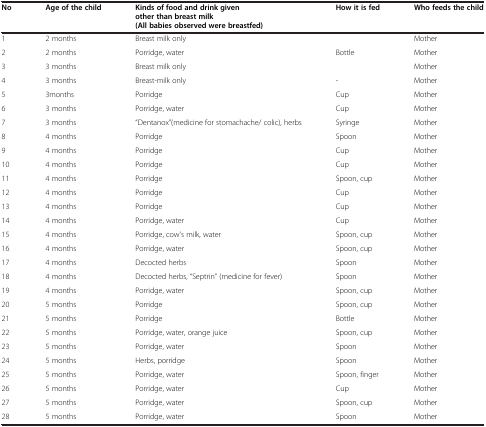
<table><thead><tr><td><b>No</b></td><td><b>Age of the child</b></td><td><b>Kinds of food and drink given other than breast milk (All babies observed were breastfed)</b></td><td><b>How it is fed</b></td><td><b>Who feeds the child</b></td></tr></thead><tbody><tr><td>1</td><td>2 months</td><td>Breast milk only</td><td> </td><td>Mother</td></tr><tr><td>2</td><td>2 months</td><td>Porridge, water</td><td>Bottle</td><td>Mother</td></tr><tr><td>3</td><td>3 months</td><td>Breast milk only</td><td> </td><td>Mother</td></tr><tr><td>4</td><td>3 months</td><td>Breast-milk only</td><td>-</td><td>Mother</td></tr><tr><td>5</td><td>3months</td><td>Porridge</td><td>Cup</td><td>Mother</td></tr><tr><td>6</td><td>3 months</td><td>Porridge, water</td><td>Cup</td><td>Mother</td></tr><tr><td>7</td><td>3 months</td><td>“Dentanox”(medicine for stomachache/ colic), herbs</td><td>Syringe</td><td>Mother</td></tr><tr><td>8</td><td>4 months</td><td>Porridge</td><td>Spoon</td><td>Mother</td></tr><tr><td>9</td><td>4 months</td><td>Porridge</td><td>Cup</td><td>Mother</td></tr><tr><td>10</td><td>4 months</td><td>Porridge</td><td>Cup</td><td>Mother</td></tr><tr><td>11</td><td>4 months</td><td>Porridge</td><td>Spoon, cup</td><td>Mother</td></tr><tr><td>12</td><td>4 months</td><td>Porridge</td><td>Cup</td><td>Mother</td></tr><tr><td>13</td><td>4 months</td><td>Porridge</td><td>Cup</td><td>Mother</td></tr><tr><td>14</td><td>4 months</td><td>Porridge, water</td><td>Cup</td><td>Mother</td></tr><tr><td>15</td><td>4 months</td><td>Porridge, cow’s milk, water</td><td>Spoon, cup</td><td>Mother</td></tr><tr><td>16</td><td>4 months</td><td>Porridge, water</td><td>Spoon, cup</td><td>Mother</td></tr><tr><td>17</td><td>4 months</td><td>Decocted herbs</td><td>Spoon</td><td>Mother</td></tr><tr><td>18</td><td>4 months</td><td>Decocted herbs, “Septrin” (medicine for fever)</td><td>Spoon</td><td>Mother</td></tr><tr><td>19</td><td>4 months</td><td>Porridge, water</td><td>Spoon, cup</td><td>Mother</td></tr><tr><td>20</td><td>5 months</td><td>Porridge</td><td>Spoon, cup</td><td>Mother</td></tr><tr><td>21</td><td>5 months</td><td>Porridge</td><td>Bottle</td><td>Mother</td></tr><tr><td>22</td><td>5 months</td><td>Porridge, water, orange juice</td><td>Spoon, cup</td><td>Mother</td></tr><tr><td>23</td><td>5 months</td><td>Porridge, water</td><td>Spoon</td><td>Mother</td></tr><tr><td>24</td><td>5 months</td><td>Herbs, porridge</td><td>Spoon</td><td>Mother</td></tr><tr><td>25</td><td>5 months</td><td>Porridge, water</td><td>Spoon, finger</td><td>Mother</td></tr><tr><td>26</td><td>5 months</td><td>Porridge, water</td><td>Cup</td><td>Mother</td></tr><tr><td>27</td><td>5 months</td><td>Porridge, water</td><td>Spoon, cup</td><td>Mother</td></tr><tr><td>28</td><td>5 months</td><td>Porridge, water</td><td>Spoon</td><td>Mother</td></tr></tbody></table>